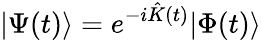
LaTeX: |\Psi(t)\rangle=e^{-i\hat{K}(t)}|\Phi(t)\rangle